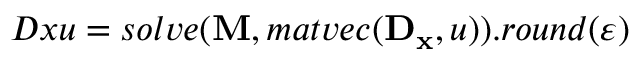
D x u = s o l v e ( \mathbf { M } , m a t v e c ( \mathbf { D _ { x } } , u ) ) . r o u n d ( \varepsilon )